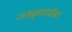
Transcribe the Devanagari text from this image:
जगन्नाथपंडित